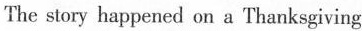
The story happened on a Thanksgiving